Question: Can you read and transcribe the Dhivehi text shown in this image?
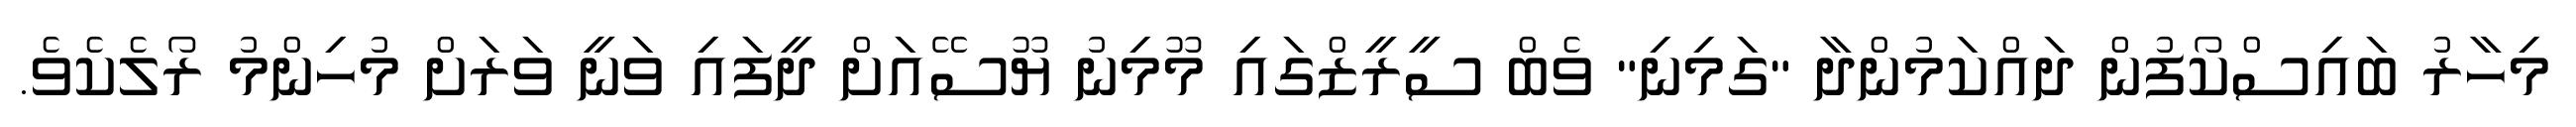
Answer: މިހާރު ބައިސްކޯފުން ދައްކަމުންދާ "ގަމިނި" ވެބް ސީރީޒްގައި މޫމިނު ޔޫސޭއަށް ދީފައި ވަނީ ވަރަށް މުހިންމު ރޯލެކެވެ.